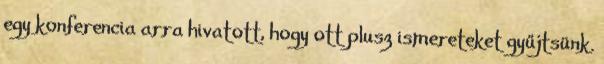
egy konferencia arra hivatott, hogy ott plusz ismereteket gyűjtsünk.